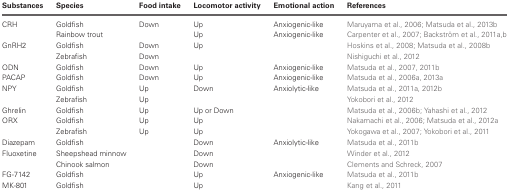
<table><thead><tr><td><b>Substances</b></td><td><b>Species</b></td><td><b>Food intake</b></td><td><b>Locomotor activity</b></td><td><b>Emotional action</b></td><td><b>References</b></td></tr></thead><tbody><tr><td>CRH</td><td>Goldfish</td><td>Down</td><td>Up</td><td>Anxiogenic-like</td><td>Maruyama et al., 2006; Matsuda et al., 2013b</td></tr><tr><td></td><td>Rainbow trout</td><td></td><td>Up</td><td>Anxiogenic-like</td><td>Carpenter et al., 2007; Backström et al., 2011a,b</td></tr><tr><td>GnRH2</td><td>Goldfish</td><td>Down</td><td>Up</td><td></td><td>Hoskins et al., 2008; Matsuda et al., 2008b</td></tr><tr><td></td><td>Zebrafish</td><td>Down</td><td></td><td></td><td>Nishiguchi et al., 2012</td></tr><tr><td>ODN</td><td>Goldfish</td><td>Down</td><td>Up</td><td>Anxiogenic-like</td><td>Matsuda et al., 2007, 2011b</td></tr><tr><td>PACAP</td><td>Goldfish</td><td>Down</td><td>Up</td><td>Anxiogenic-like</td><td>Matsuda et al., 2006a, 2013a</td></tr><tr><td>NPY</td><td>Goldfish</td><td>Up</td><td>Down</td><td>Anxiolytic-like</td><td>Matsuda et al., 2011a, 2012b</td></tr><tr><td></td><td>Zebrafish</td><td>Up</td><td></td><td></td><td>Yokobori et al., 2012</td></tr><tr><td>Ghrelin</td><td>Goldfish</td><td>Up</td><td>Up or Down</td><td></td><td>Matsuda et al., 2006b; Yahashi et al., 2012</td></tr><tr><td>ORX</td><td>Goldfish</td><td>Up</td><td>Up</td><td></td><td>Nakamachi et al., 2006; Matsuda et al., 2012a</td></tr><tr><td></td><td>Zebrafish</td><td>Up</td><td>Up</td><td></td><td>Yokogawa et al., 2007; Yokobori et al., 2011</td></tr><tr><td>Diazepam</td><td>Goldfish</td><td></td><td>Down</td><td>Anxiolytic-like</td><td>Matsuda et al., 2011b</td></tr><tr><td>Fluoxetine</td><td>Sheepshead minnow</td><td></td><td>Down</td><td></td><td>Winder et al., 2012</td></tr><tr><td></td><td>Chinook salmon</td><td></td><td>Down</td><td></td><td>Clements and Schreck, 2007</td></tr><tr><td>FG-7142</td><td>Goldfish</td><td></td><td>Up</td><td>Anxiogenic-like</td><td>Matsuda et al., 2011b</td></tr><tr><td>MK-801</td><td>Goldfish</td><td></td><td>Up</td><td></td><td>Kang et al., 2011</td></tr></tbody></table>